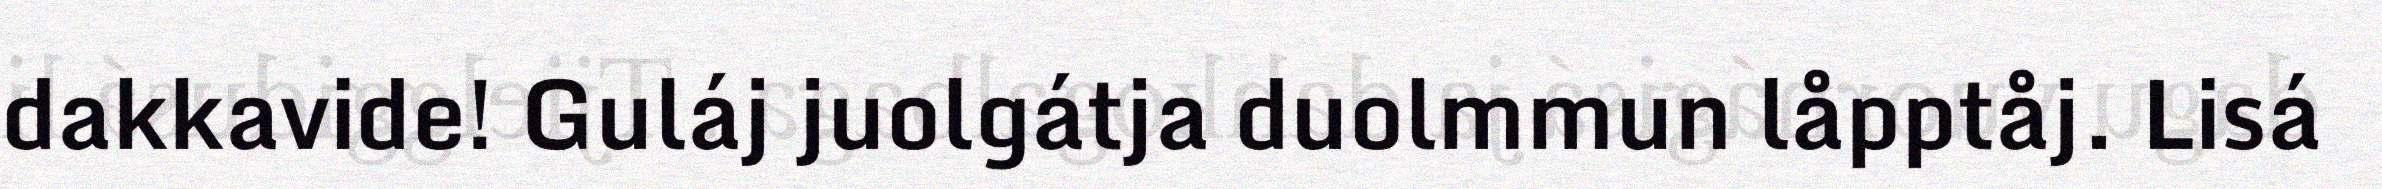
dakkavide! Guláj juolgátja duolmmun låpptåj. Lisá